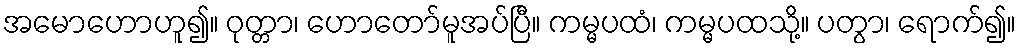
အမောဟောဟူ၍။ ဝုတ္တာ၊ ဟောတော်မူအပ်ပြီ။ ကမ္မပထံ၊ ကမ္မပထသို့။ ပတွာ၊ ရောက်၍။